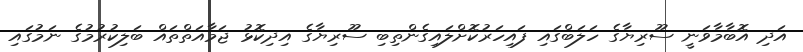
އަދި އޮބާމާވަނީ ސޫރިޔާގެ ހަލަބްގައި ފައިހަރުކޮށްލައިގެންތިބި ސޫރިޔާގެ އިދިކޮޅު ޖަމާއަތްތައް ބަލިކުރުމުގެ ނަމުގައި